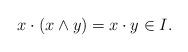
LaTeX: \begin{align*}x\cdot(x\wedge y)=x\cdot y\in I.\end{align*}